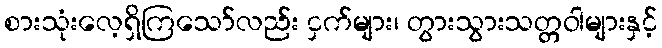
စားသုံးလေ့ရှိကြသော်လည်း ငှက်များ၊ တွားသွားသတ္တဝါများနှင့်